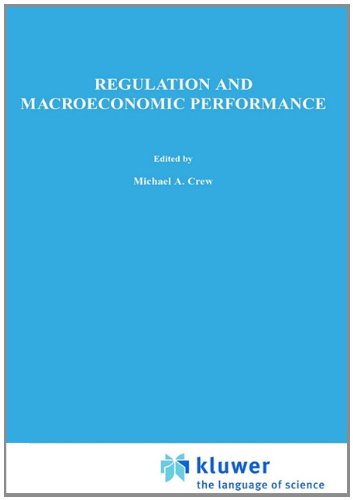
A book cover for Regulation and Macroeconomic Performance (Topics in Regulatory Economics and Policy); Brian L. Goff; Law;